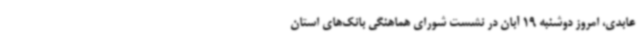
عابدی، امروز دوشنبه 19 آبان در نشست شورای هماهنگی بانک‌های استان